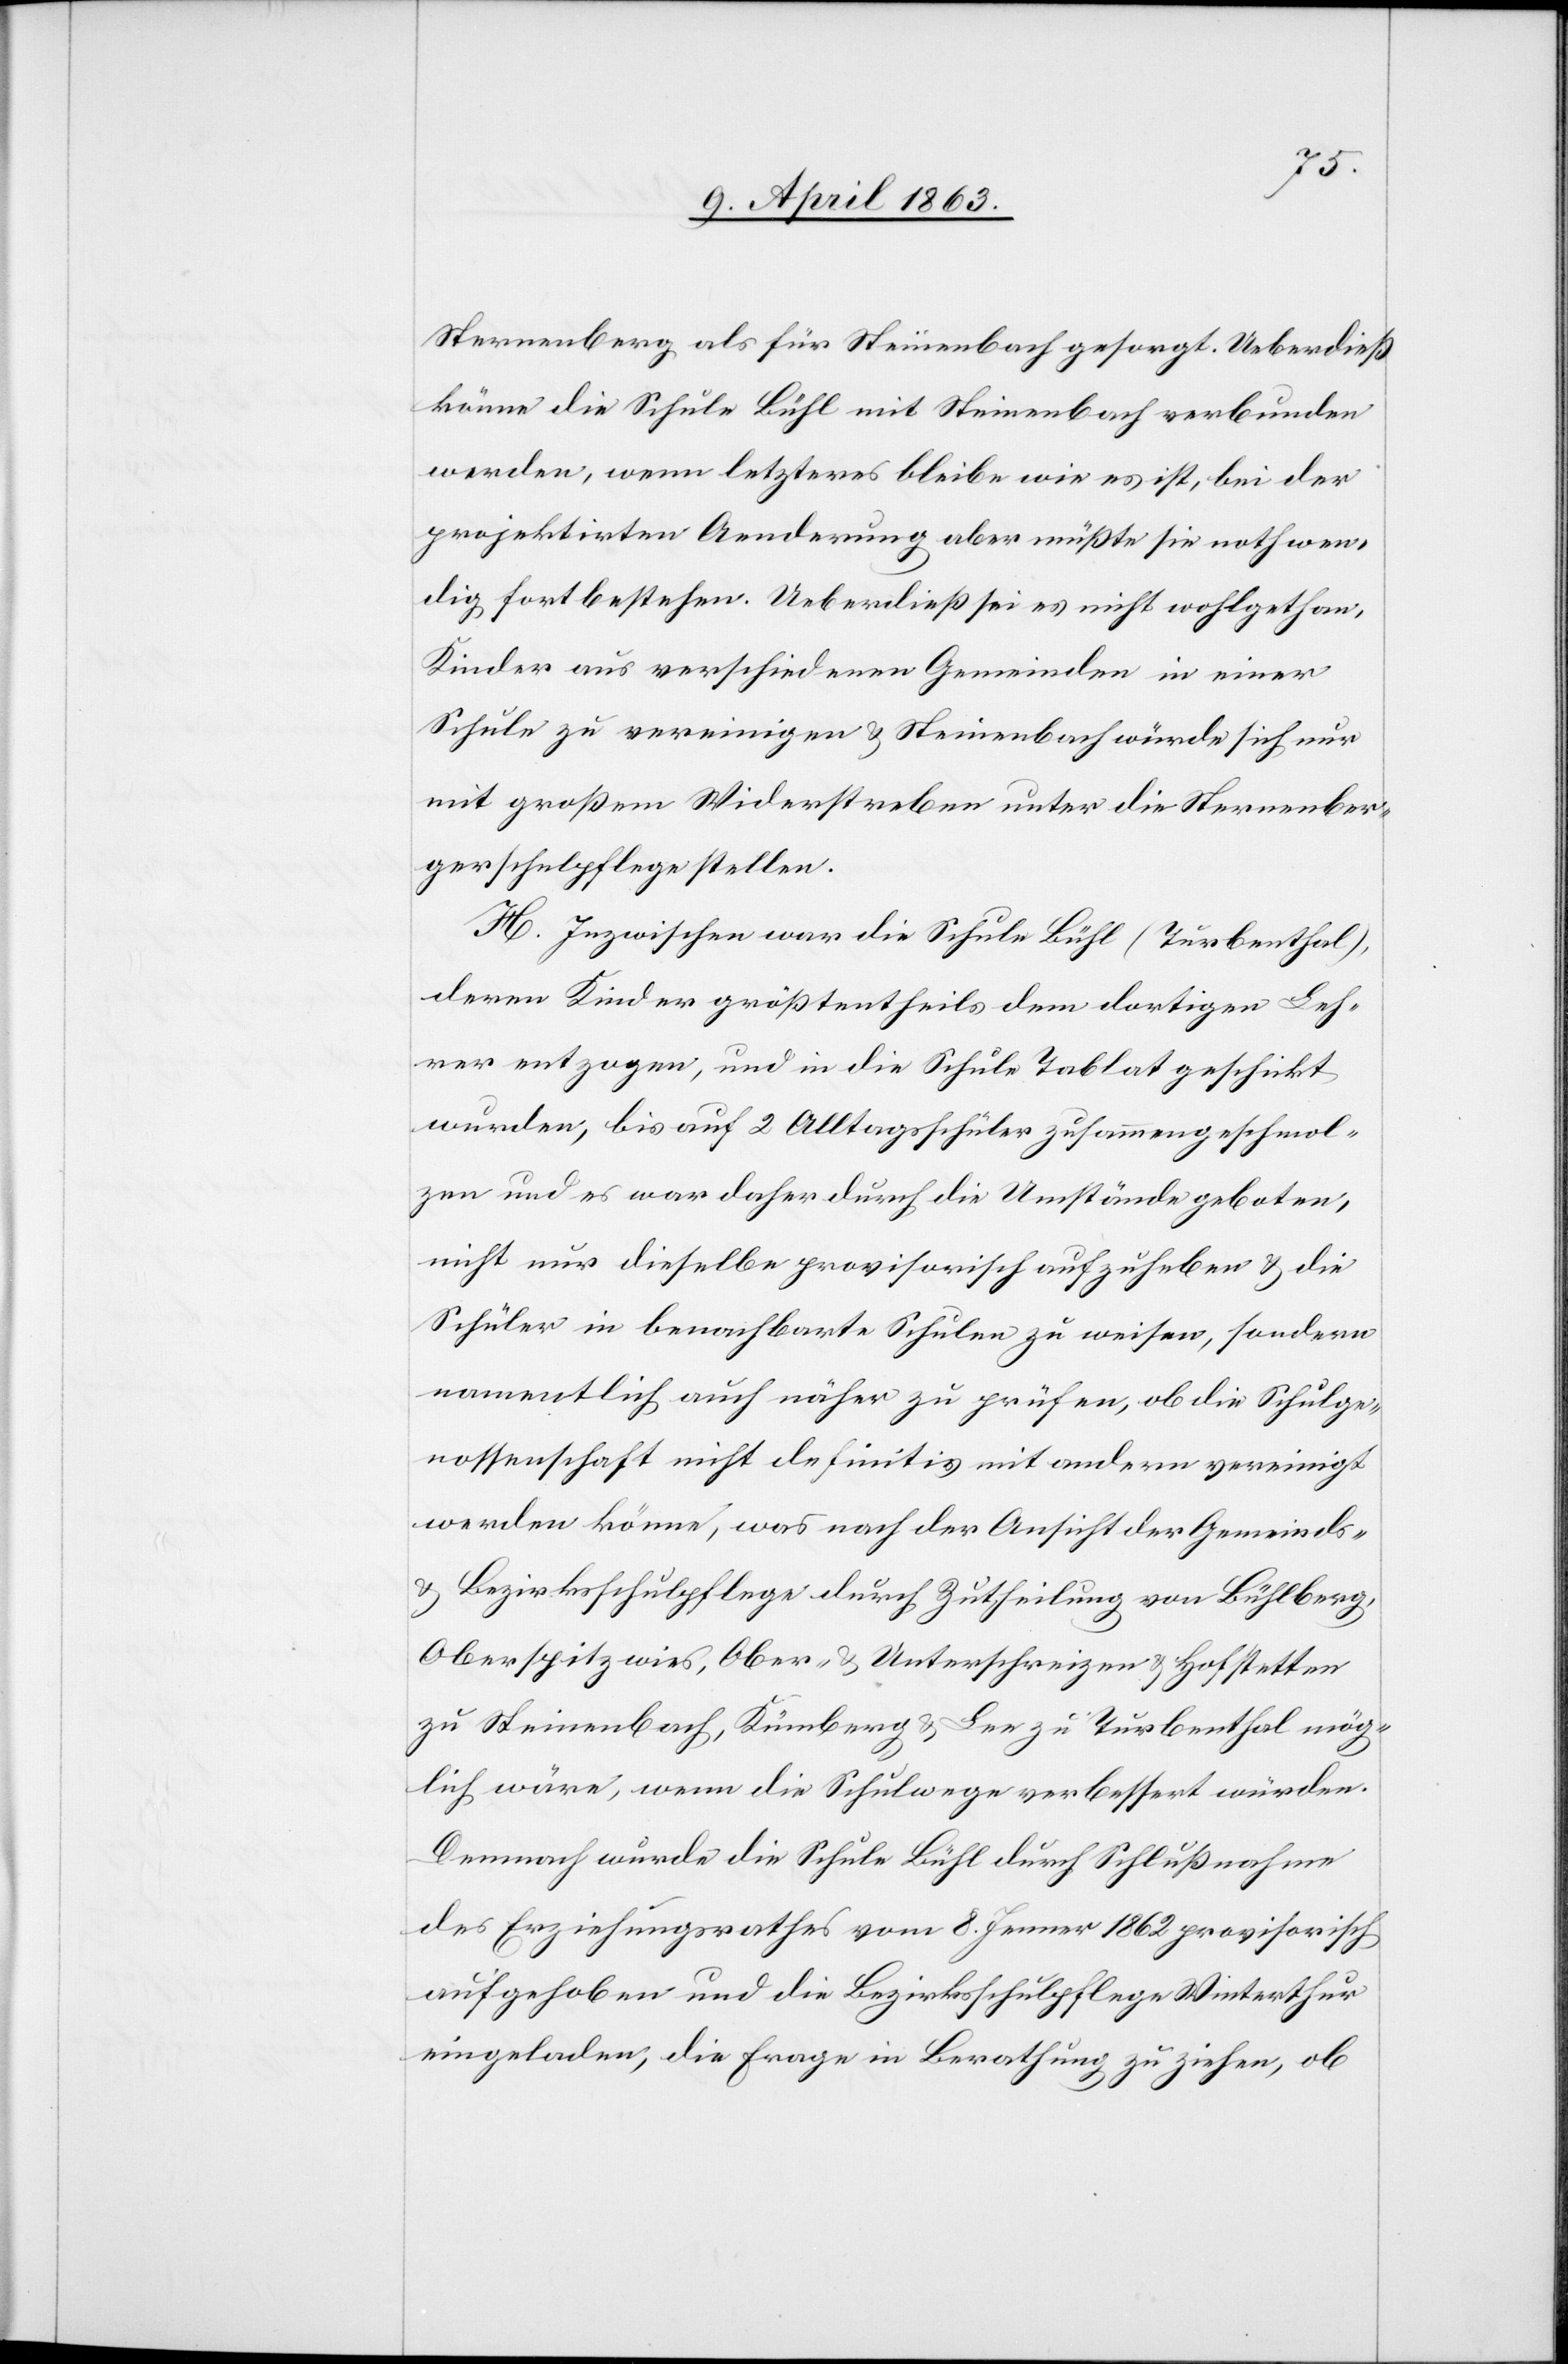
Sternenberg als für Steinenbach gesorgt. Ueberdieß
könne die Schule Bühl mit Steinenbach verbunden
werden, wenn letzteres bleibe wie es ist, bei der
projektirten Aenderung aber müßte sie nothwen¬
dig fortbestehen. Ueberdieß sei es nicht wohlgethan,
Kinder aus verschiedenen Gemeinden in einer
Schule zu vereinigen & Steinenbach würde sich nur
mit großem Widerstreben unter die Sternenber¬
gerschulpflege stellen.
H. Inzwischen war die Schule Bühl (Turbenthal),
deren Kinder größtentheils dem dortigen Leh¬
rer entzogen, und in die Schule Tablat geschickt
wurden, bis auf 2 Alltagsschüler zusammengeschmol¬
zen und es war daher durch die Umstände geboten,
nicht nur dieselbe provisorisch aufzuheben & die
Schüler in benachbarte Schulen zu weisen, sondern
namentlich auch näher zu prüfen, ob die Schulge¬
nossenschaft nicht definitiv mit andern vereinigt
werden könne, was nach der Ansicht der Gemeinds-
Bezirksschulpflege durch Zutheilung von Bühlberg,
Oberspitzwies, Ober- & Unterschreizen & Hofstetten
zu Steinenbach, Kümberg & Lee zu Turbenthal mög¬
lich wäre, wenn die Schulwege verbessert würden.
Demnach wurde die Schule Bühl durch Schlußnahme
des Erziehungsrathes vom 8. Jenner 1862 provisorisch
aufgehoben und die Bezirksschulpflege Winterthur
eingeladen, die Frage in Berathung zu ziehen, ob